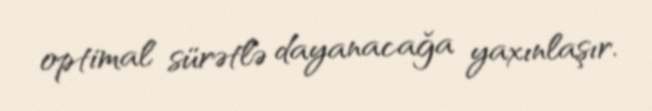
optimal sürətlə dayanacağa yaxınlaşır.